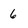
Character: 6